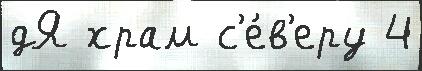
дЯ храм с'е́в'еру 4